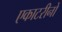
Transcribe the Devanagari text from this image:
एकाटरीनों